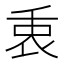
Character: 𠂻